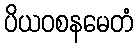
ပိယဝစနမေတံ